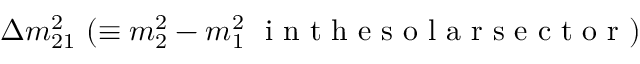
\Delta { m } _ { 2 1 } ^ { 2 } ~ ( \equiv { m } _ { 2 } ^ { 2 } - { m } _ { 1 } ^ { 2 } ~ \mathrm { ~ i ~ n ~ t ~ h ~ e ~ s ~ o ~ l ~ a ~ r ~ s ~ e ~ c ~ t ~ o ~ r ~ } )